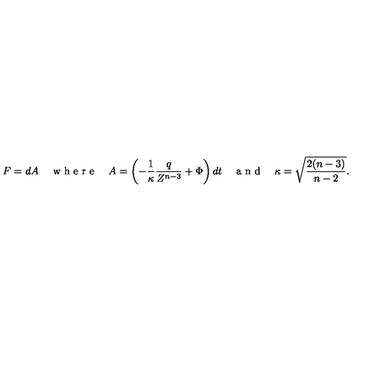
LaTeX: F = d A \quad \textrm { w h e r e } \quad A = \left( - \frac { 1 } { \kappa } \frac { q } { Z ^ { n - 3 } } + \Phi \right) d t \quad \textrm { a n d } \quad \kappa = \sqrt { \frac { 2 ( n - 3 ) } { n - 2 } } .